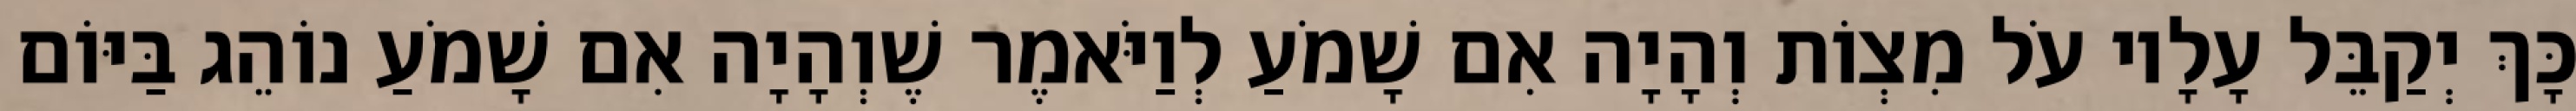
כָּךְ יְקַבֵּל עָלָיו עֹל מִצְוֹת וְהָיָה אִם שָׁמֹעַ לְוַיֹּאמֶר שֶׁוְהָיָה אִם שָׁמֹעַ נוֹהֵג בַּיּוֹם